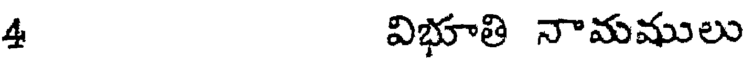
4 విభూతి నామములు